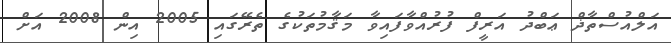
އަލްއުސްތާޛް ޢަބްދު އަރީފް ފުރުއްވާފައިވާ މަޤާމުތަކުގެ ތެރޭގައި 2005 އިން 2008 އަށް